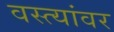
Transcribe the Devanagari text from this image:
वस्त्यांवर